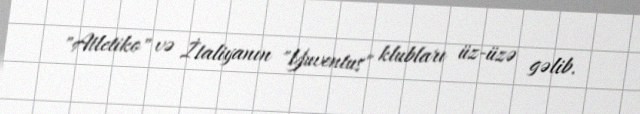
"Atletiko" və İtaliyanın "Yuventus" klubları üz-üzə gəlib.